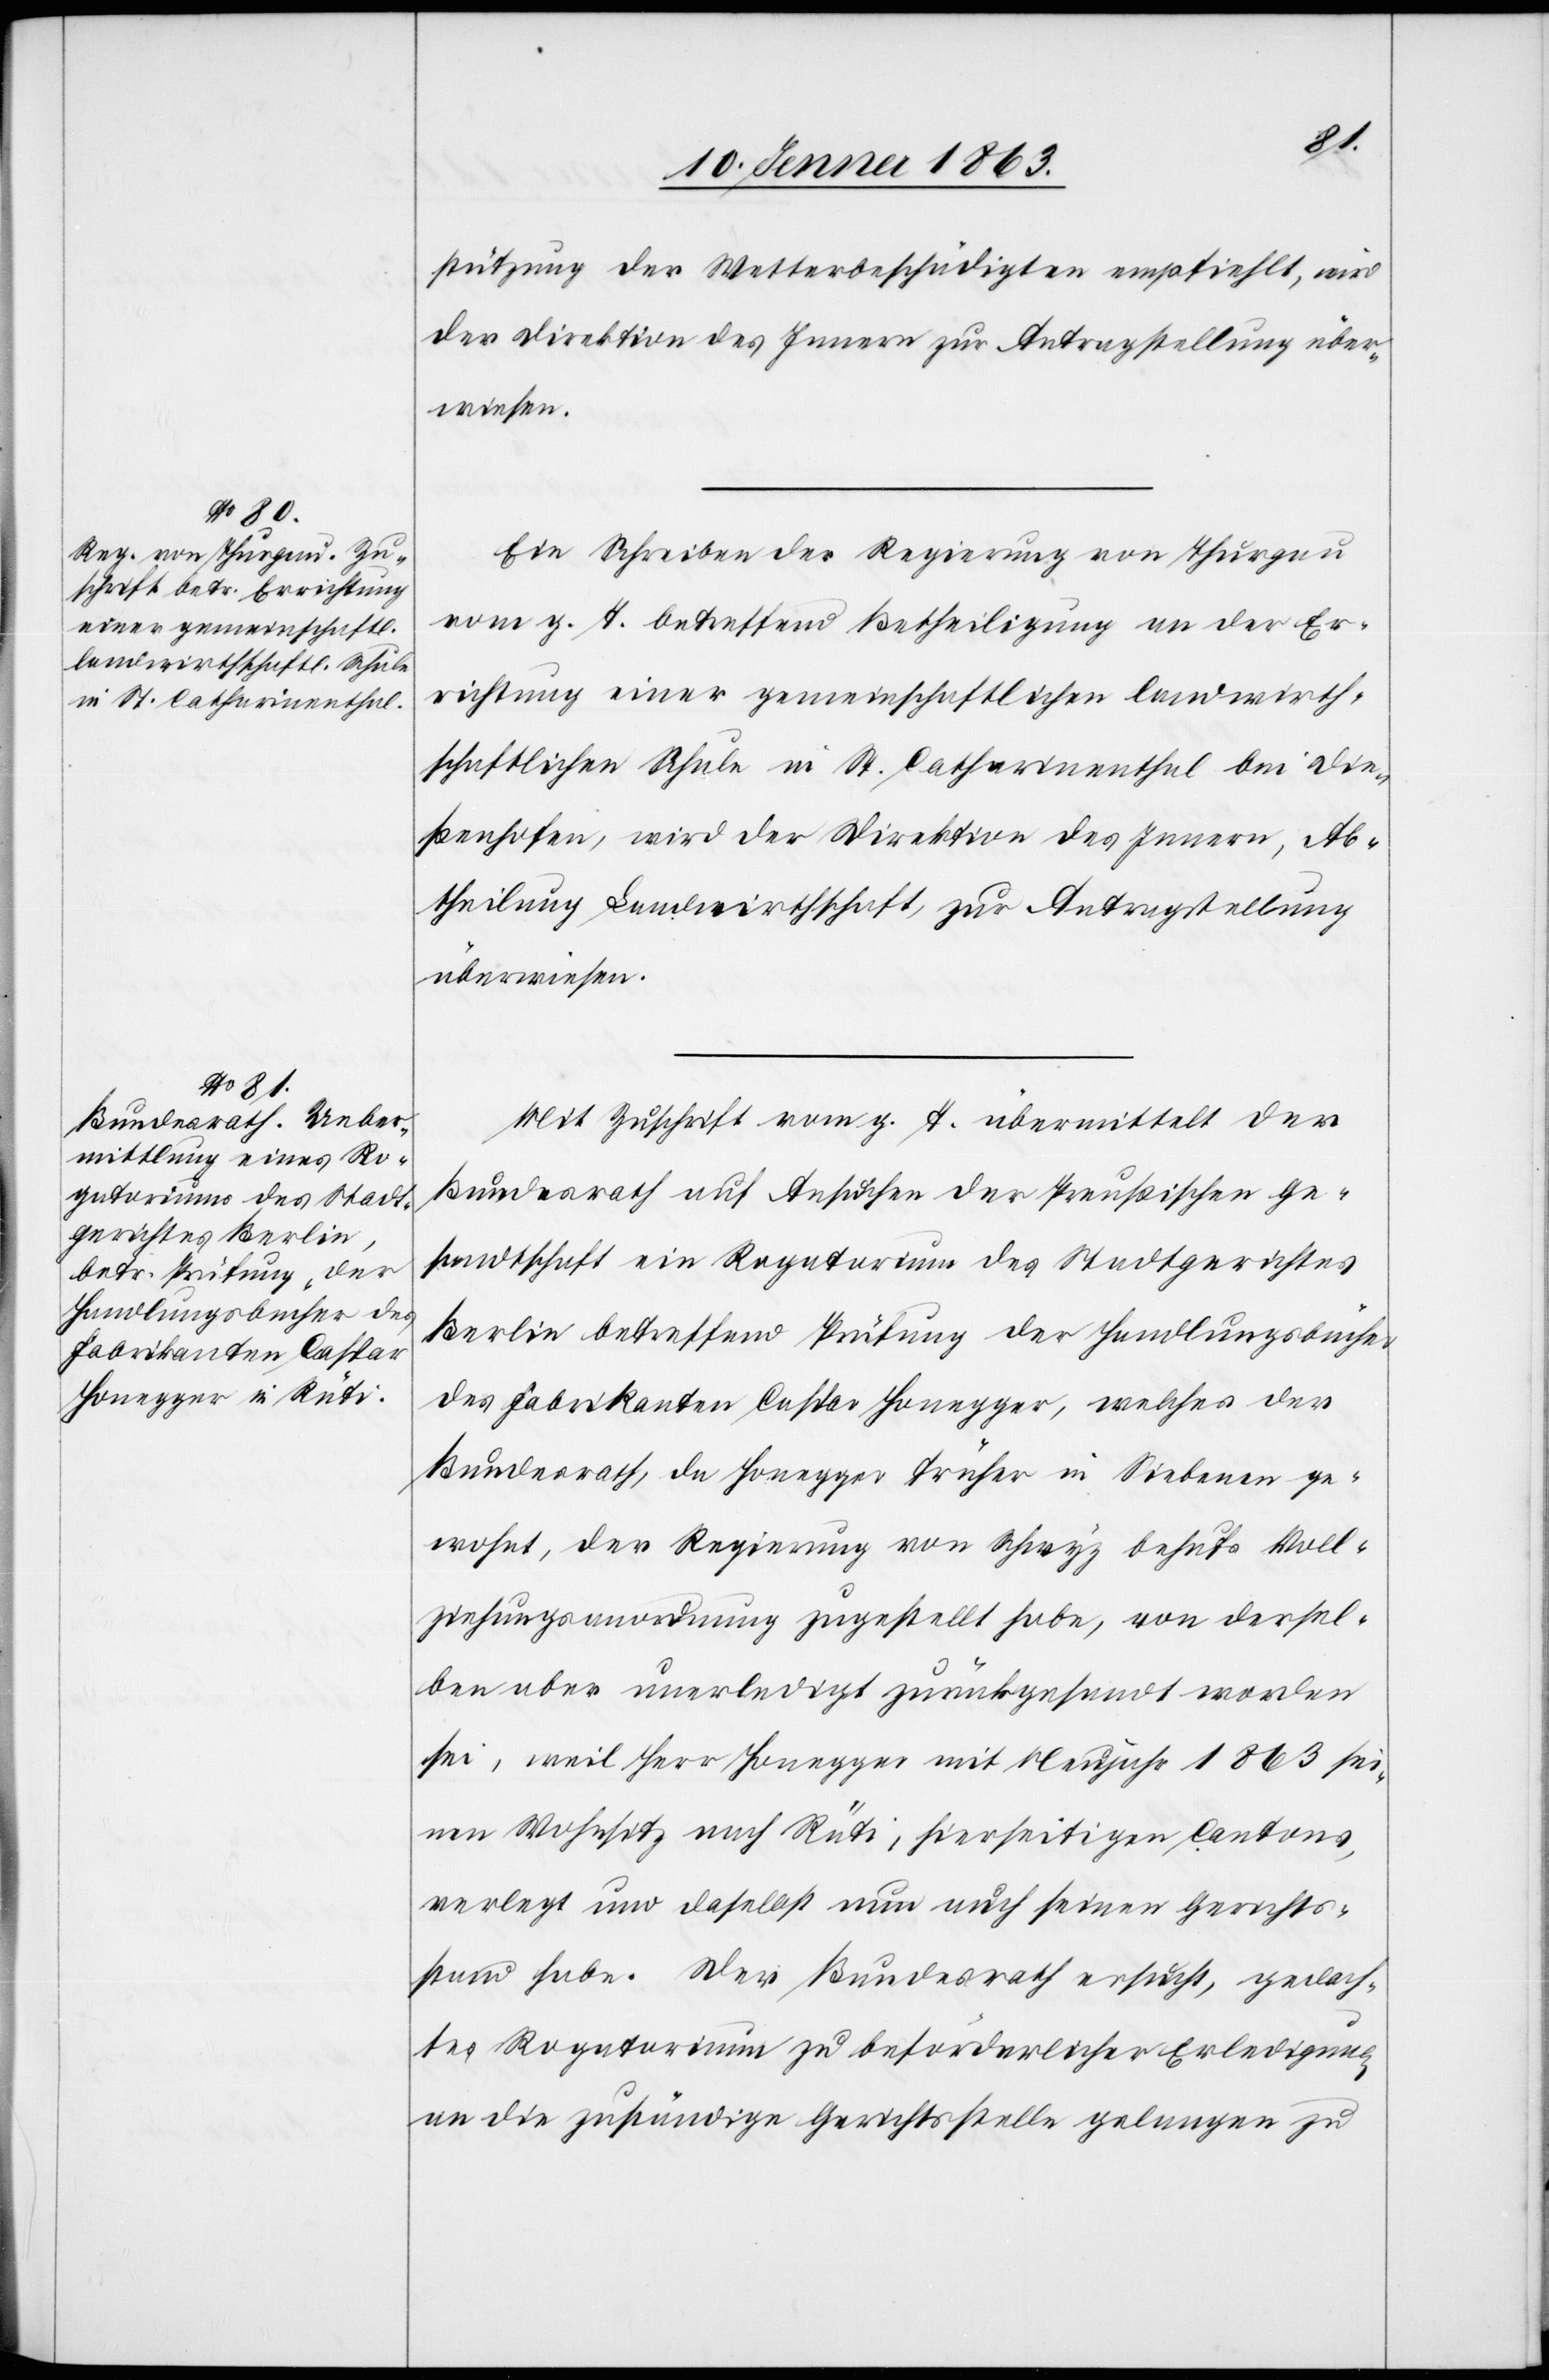
11. Jenner 1863.]
stützung der Wetterbeschädigten empfiehlt, wird
der Direktion des Innern zur Antragstellung über¬
wiesen.
Ein Schreiben der Regierung von Thurgau
vom g. T. betreffend Betheiligung an der Er¬
richtung einer gemeinschaftlichen landwirth¬
schaftlichen Schule in St. Catharinenthal bei Die¬
ßenhofen, wird der Direktion des Innern, Ab¬
theilung Landwirthschaft, zur Antragstellung
überwiesen.
Mit Zuschrift vom g. T. übermittelt der
Bundesrath auf Ansuchen der Preußischen Ge¬
sandtschaft ein Rogatorium des Stadtgerichtes
Berlin betreffend Prüfung der Handlungsbücher
des Fabrikanten Caspar Honegger, welches der
Bundesrath, da Honegger früher in Siebenen ge¬
wohnt, der Regierung von Schwyz behufs Voll¬
ziehungsanordnung zugestellt habe, von dersel¬
ben aber unerledigt zurückgesandt worden
sei, weil Herr Honegger mit Neujahr 1863 sei¬
nen Wohnsitz nach Rüti, hierseitigen Cantons,
verlegt und daselbst nun auch seinen Gerichts¬
stand habe. Der Bundesrath ersucht, gedach¬
tes Rogatorium zu beförderlicher Erledigung
an die zuständige Gerichtsstelle gelangen zu